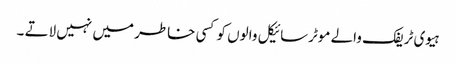
ہیوی ٹریفک والے موٹرسائیکل والوں کو کسی خاطر میں نہیں لاتے ۔